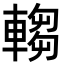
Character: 𬧺